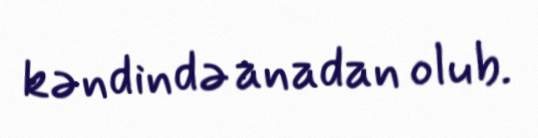
kəndində anadan olub.